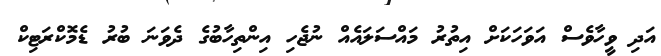
އަދި ވީހާވެސް އަވަހަކަށް އިތުރު މައްސަލައެއް ނުޖެހި އިންތިހާބުގެ ދެވަނަ ބުރު ޑެމޮކްރަޓިކް